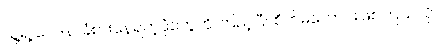
သူ့ရဲ့ ဝေဒနာခံစားနေရတဲ့ပုံတွေကို ကြည့်ပြီး စိတ်မကောင်းဖြစ်ကြသလို